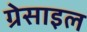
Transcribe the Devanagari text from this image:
ग्रेसाइल